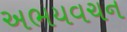
અભયવચન